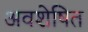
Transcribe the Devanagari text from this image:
अवशेषित